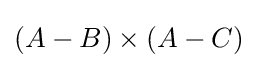
(A-B)\times (A-C)